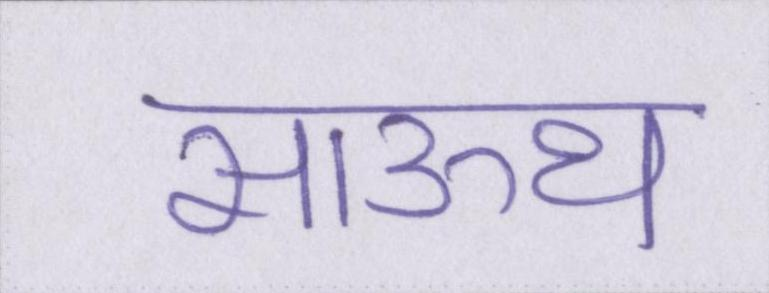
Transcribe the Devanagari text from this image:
साऊथ